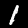
Label: 1